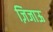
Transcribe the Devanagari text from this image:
ज़िजाऊ